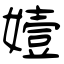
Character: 嬄